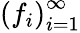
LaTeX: \left(f_{i}\right)_{i=1}^{\infty}